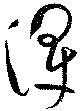
渾